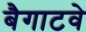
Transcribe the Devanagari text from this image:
बैगाटवे